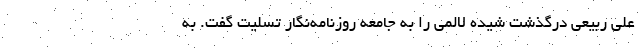
علی ربیعی درگذشت شیده لالمی را به جامعه روزنامه‌نگار تسلیت گفت. به